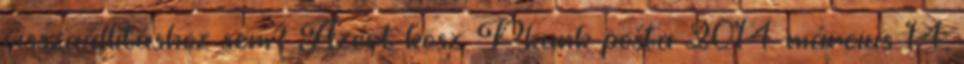
visszaállításhoz sem? Azért kösz. Pkunk pošta 2014. március 14.,